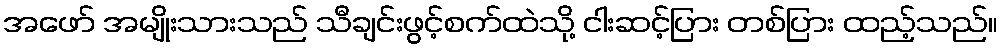
အဖော် အမျိုးသားသည် သီချင်းဖွင့်စက်ထဲသို့ ငါးဆင့်ပြား တစ်ပြား ထည့်သည်။